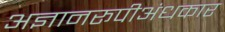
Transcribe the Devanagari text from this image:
अज्ञानरूपीअंधकार